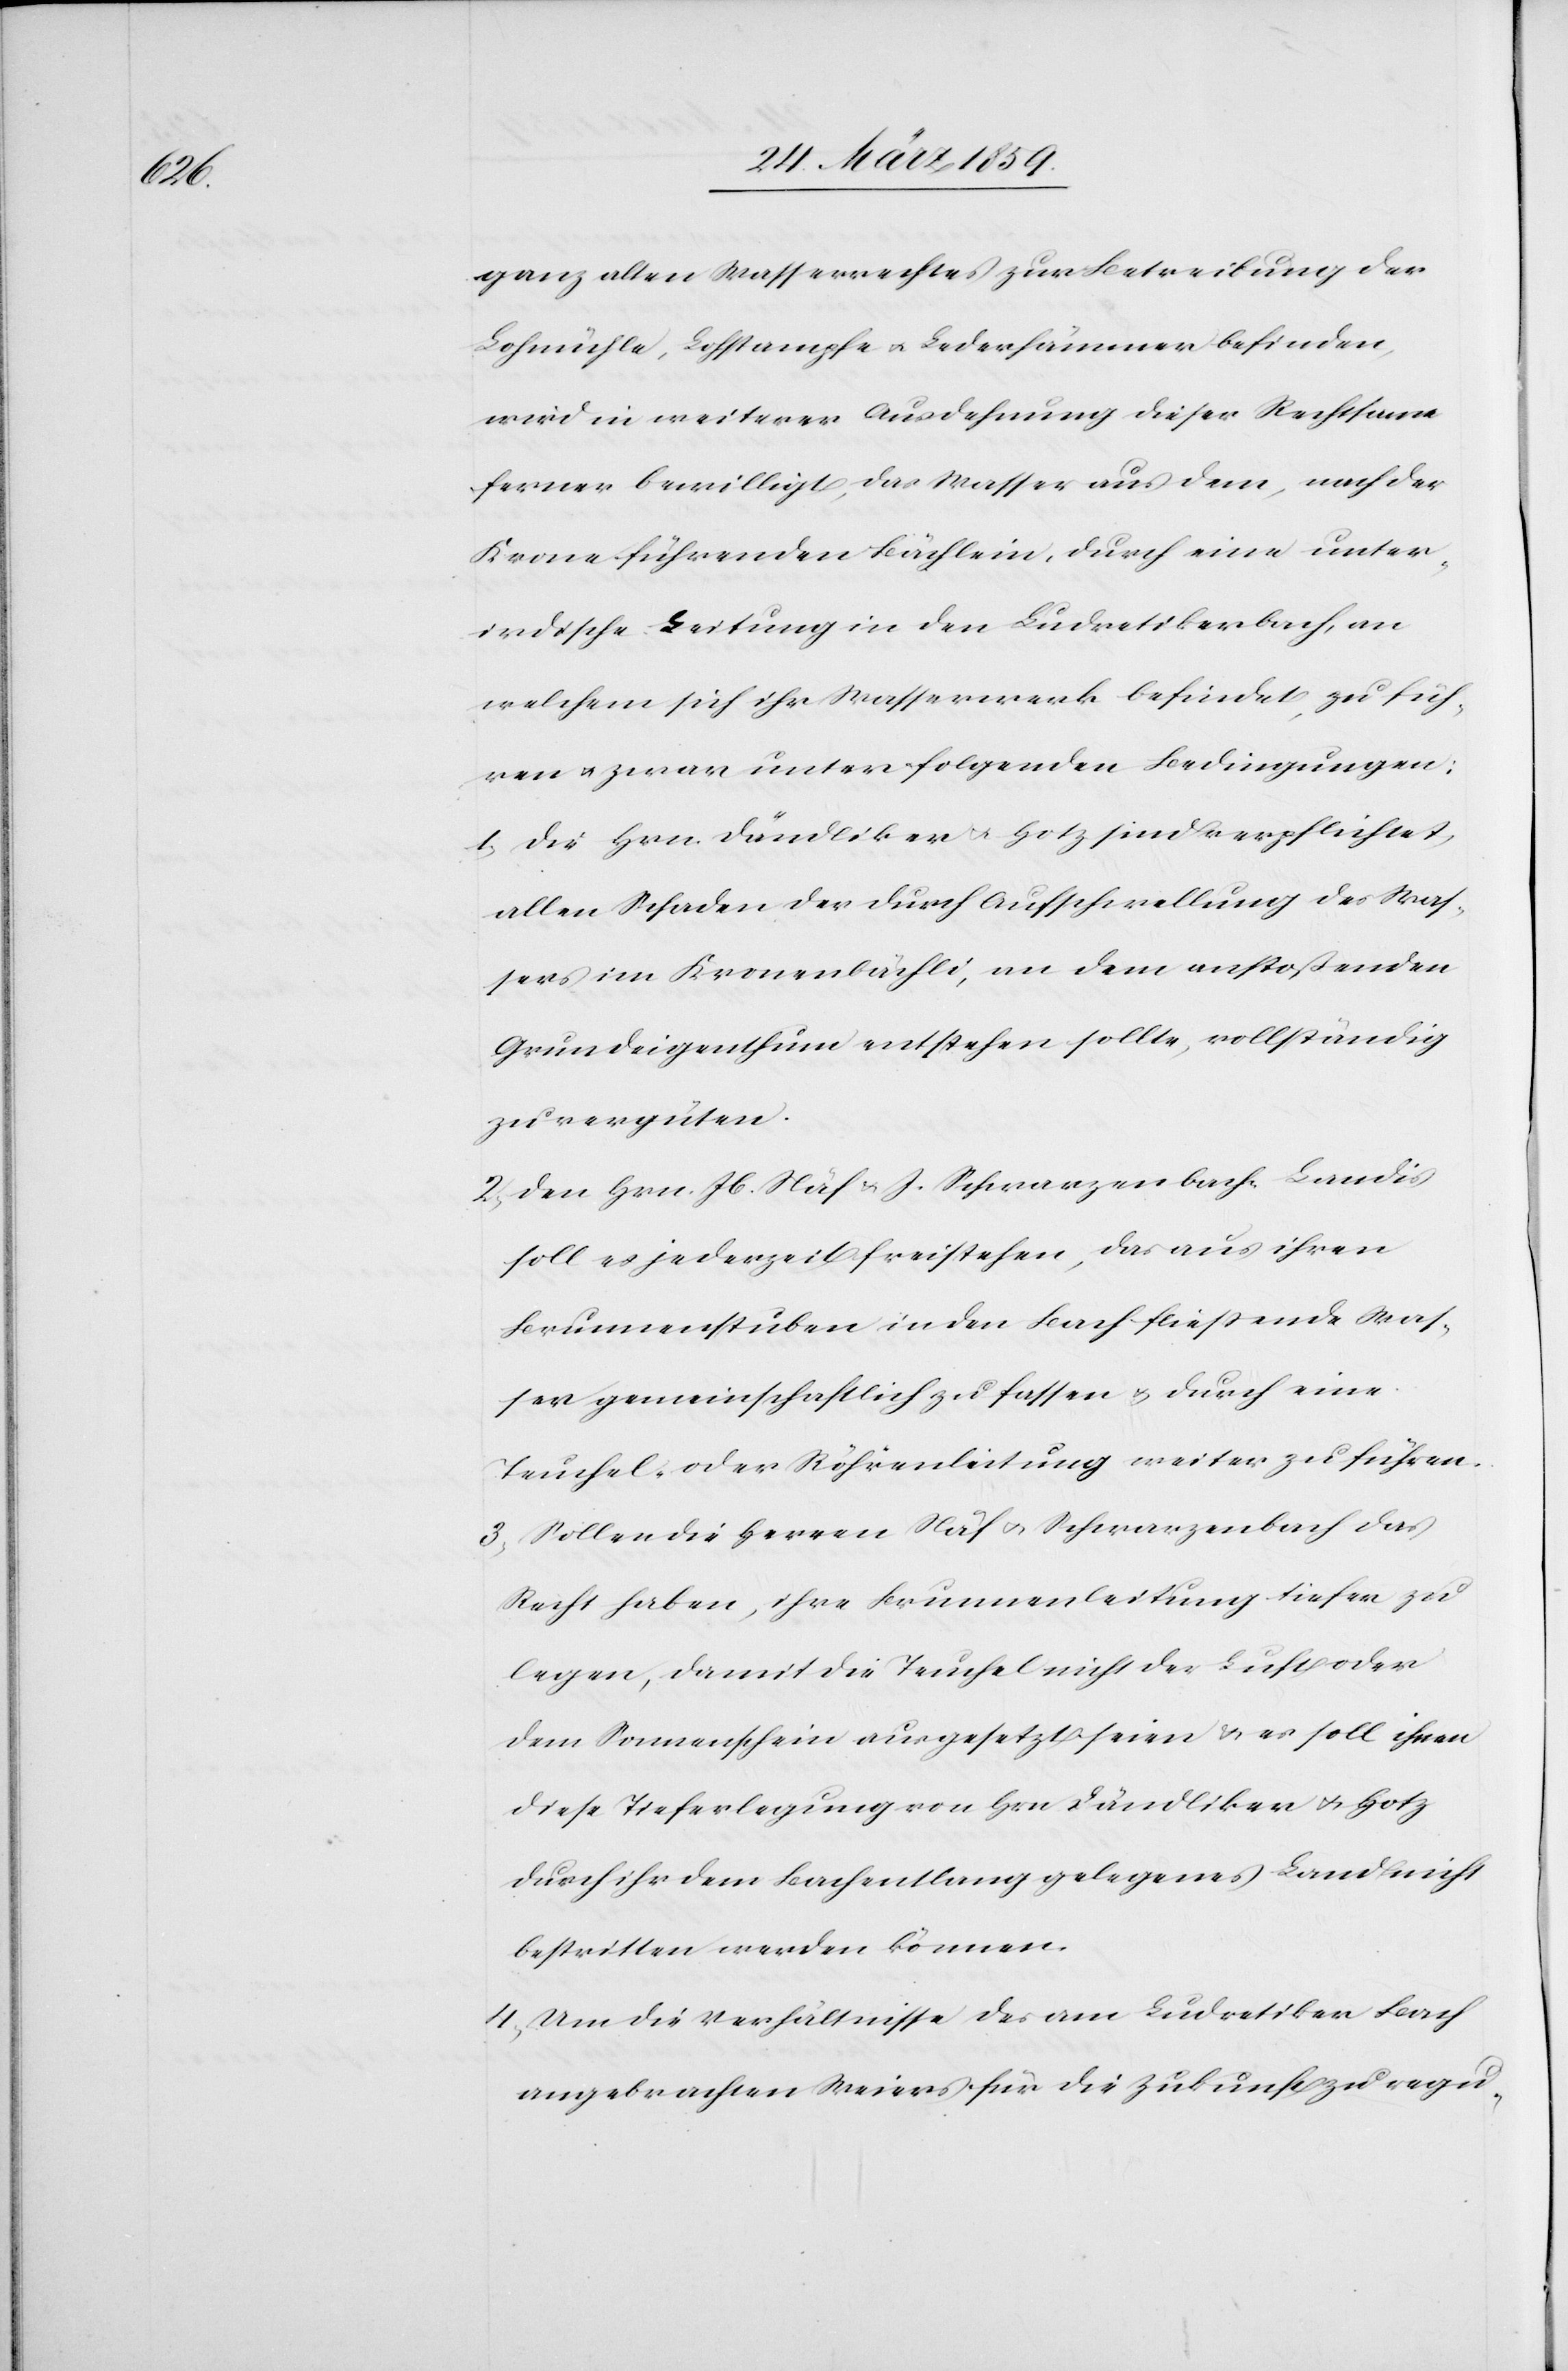
ganz alten Wasserrechtes zur Betreibung der
Lohmühle, Lohstampfe u. Lederhämmer befinden,
wird in weiterer Ausdehnung dieser Rechtsame
ferner bewilligt, das Wasser aus dem, nach der
Krone führenden Bächlein, durch eine unter¬
irdische Leitung in den Ludretikerbach, an
welchem sich ihr Wasserwerk befindet, zu füh¬
ren u. zwar unter folgenden Bedingungen:
1) die Hrn. Dändliker u. Hotz sind verpflichtet,
allen Schaden der durch Aufschwellung des Was¬
sers im Kronenbächli, an dem anstoßenden
Grundeigenthum entstehen sollte, vollständig
zu vergüten.
2) den Hrn. Jb. Näf u. J. Schwarzenbach-Landis
soll jederzeit freistehen, das aus ihren
Brunnenstuben in den Bach fließende Was¬
ser gemeinschaftlich zu fassen u. durch eine
Teuchel- oder Röhrenleitung weiter zu führen.
3) Sollen die Herren Näf u. Schwarzenbach das
Recht haben, ihre Brunnenleitung tiefer zu
legen, damit die Teuchel nicht der Luft oder
dem Sonnerschein ausgesetzt seien & es soll ihnen
diese Tieferlegung von Hrn Dändliker u. Hotz
durch ihr dem Bach entlang gelegenes Land nicht
bestritten werden können.
4) Um die Verhältnisse des am Ludretiker Bach
angebrachten Weiers für die Zukunft zu regu-